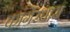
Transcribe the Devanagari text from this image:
कांगेरधारा